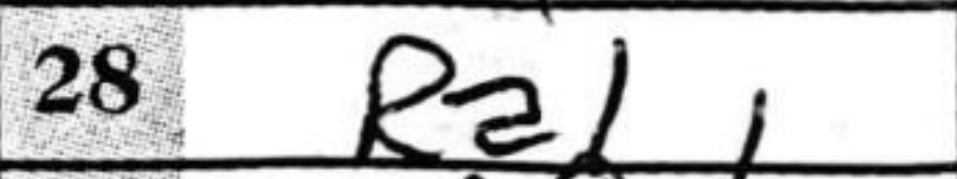
Transcription: Ra1